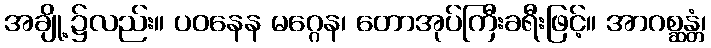
အချို့၌လည်း။ ပဝနေန မဂ္ဂေန၊ တောအုပ်ကြီးခရီးဖြင့်။ အာဂစ္ဆန္တံ၊